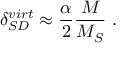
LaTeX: \delta _ { S D } ^ { v i r t } \approx \frac { \alpha } { 2 } \frac { M } { M _ { S } } \ .